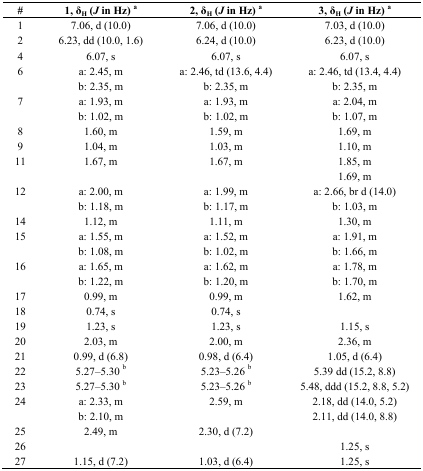
<table><thead><tr><td><b>#</b></td><td><b>1, δ<sub>H</sub> (<i>J</i> in Hz) <sup>a</sup></b></td><td><b>2, δ<sub>H</sub> (<i>J</i> in Hz) <sup>a</sup></b></td><td><b>3, δ<sub>H</sub> (<i>J</i> in Hz) <sup>a</sup></b></td></tr></thead><tbody><tr><td>1</td><td>7.06, d (10.0)</td><td>7.06, d (10.0)</td><td>7.03, d (10.0)</td></tr><tr><td>2</td><td>6.23, dd (10.0, 1.6)</td><td>6.24, d (10.0)</td><td>6.23, d (10.0)</td></tr><tr><td>4</td><td>6.07, s</td><td>6.07, s</td><td>6.07, s</td></tr><tr><td>6</td><td>a: 2.45, m</td><td>a: 2.46, td (13.6, 4.4)</td><td>a: 2.46, td (13.4, 4.4)</td></tr><tr><td></td><td>b: 2.35, m</td><td>b: 2.35, m</td><td>b: 2.35, m</td></tr><tr><td>7</td><td>a: 1.93, m</td><td>a: 1.93, m</td><td>a: 2.04, m</td></tr><tr><td></td><td>b: 1.02, m</td><td>b: 1.02, m</td><td>b: 1.07, m</td></tr><tr><td>8</td><td>1.60, m</td><td>1.59, m</td><td>1.69, m</td></tr><tr><td>9</td><td>1.04, m</td><td>1.03, m</td><td>1.10, m</td></tr><tr><td>11</td><td>1.67, m</td><td>1.67, m</td><td>1.85, m</td></tr><tr><td></td><td></td><td></td><td>1.69, m</td></tr><tr><td>12</td><td>a: 2.00, m</td><td>a: 1.99, m</td><td>a: 2.66, br d (14.0)</td></tr><tr><td></td><td>b: 1.18, m</td><td>b: 1.17, m</td><td>b: 1.03, m</td></tr><tr><td>14</td><td>1.12, m</td><td>1.11, m</td><td>1.30, m</td></tr><tr><td>15</td><td>a: 1.55, m</td><td>a: 1.52, m</td><td>a: 1.91, m</td></tr><tr><td></td><td>b: 1.08, m</td><td>b: 1.02, m</td><td>b: 1.66, m</td></tr><tr><td>16</td><td>a: 1.65, m</td><td>a: 1.62, m</td><td>a: 1.78, m</td></tr><tr><td></td><td>b: 1.22, m</td><td>b: 1.20, m</td><td>b: 1.70, m</td></tr><tr><td>17</td><td>0.99, m</td><td>0.99, m</td><td>1.62, m</td></tr><tr><td>18</td><td>0.74, s</td><td>0.74, s</td><td></td></tr><tr><td>19</td><td>1.23, s</td><td>1.23, s</td><td>1.15, s</td></tr><tr><td>20</td><td>2.03, m</td><td>2.00, m</td><td>2.36, m</td></tr><tr><td>21</td><td>0.99, d (6.8)</td><td>0.98, d (6.4)</td><td>1.05, d (6.4)</td></tr><tr><td>22</td><td>5.27–5.30 <sup>b</sup></td><td>5.23–5.26 <sup>b</sup></td><td>5.39 dd (15.2, 8.8)</td></tr><tr><td>23</td><td>5.27–5.30 <sup>b</sup></td><td>5.23–5.26 <sup>b</sup></td><td>5.48, ddd (15.2, 8.8, 5.2)</td></tr><tr><td>24</td><td>a: 2.33, m</td><td>2.59, m</td><td>2.18, dd (14.0, 5.2)</td></tr><tr><td></td><td>b: 2.10, m</td><td></td><td>2.11, dd (14.0, 8.8)</td></tr><tr><td>25</td><td>2.49, m</td><td>2.30, d (7.2)</td><td></td></tr><tr><td>26</td><td></td><td></td><td>1.25, s</td></tr><tr><td>27</td><td>1.15, d (7.2)</td><td>1.03, d (6.4)</td><td>1.25, s</td></tr></tbody></table>